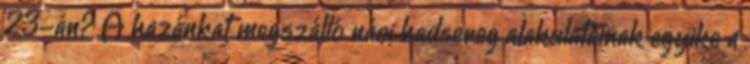
23-án? A hazánkat megszálló náci hadsereg alakulatainak egyike a